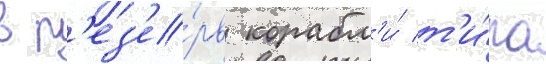
в р'ез'е́рв корабл'и́ т'и́па